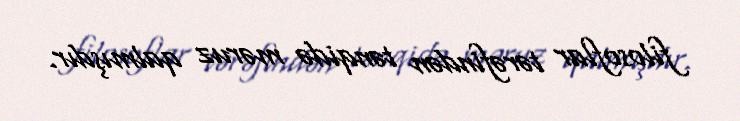
filosoflar tərəfindən tənqidə məruz qalmışdır.